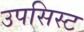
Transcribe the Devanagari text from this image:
उपसिस्ट